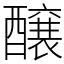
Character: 醸